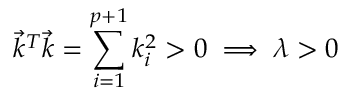
{ \overrightarrow { k } } ^ { T } { \overrightarrow { k } } = \sum _ { i = 1 } ^ { p + 1 } k _ { i } ^ { 2 } > 0 \implies \lambda > 0